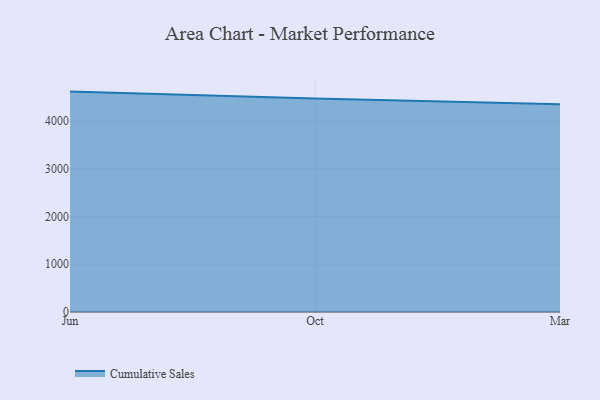
{"axis": {"x": "Month", "y": "Budget (USD K)"}, "legend": ["Cumulative Sales"], "data": [{"x": "Jun", "y": 4618.1, "type": "Cumulative Sales"}, {"x": "Oct", "y": 4471.3, "type": "Cumulative Sales"}, {"x": "Mar", "y": 4353.3, "type": "Cumulative Sales"}]}